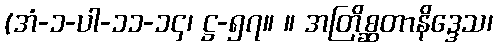
(အံ-၁-ပါ-၁၁-၁၄၊ ဋ္ဌ-၅၇။ ။ အတြိစ္ဆတာနိဒ္ဒေသ၊